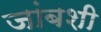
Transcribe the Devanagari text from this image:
जांबशी